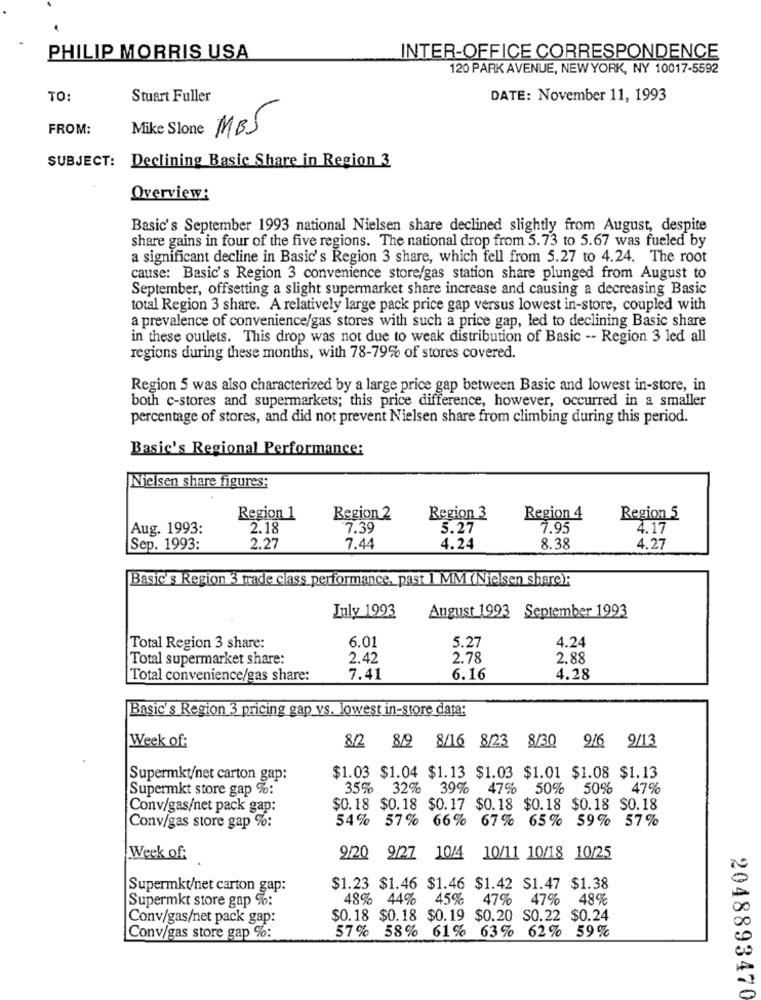
PHILIP MORRIS USA
INTER-OFFICE CORRESPONDENCE
120 PARK AVENUE, NEW YORK, NY 10017-5592
TO
Stuart Fuller
DATE: November 11, 1993
FROM:
Mike Slone MBS
SUBJECT: Declining Basic Share in Region 3
Overview:
Basic's September 1993 national Nielsen share declined slightly from August, despite
share gains in four of the five regions. The national drop from 5.73 to 5.67 was fueled by
a significant decline in Basic's Region 3 share, which fell from 5.27 to 4.24. The root
cause: Basic's Region 3 convenience store/gas station share plunged from August to
September, offsetting a slight supermarket share increase and causing a decreasing Basic
total Region 3 share. A relatively large pack price gap versus lowest in-store, coupled with
a prevalence of convenience/gas stores with such a price gap, led to declining Basic share
in these outlets. This drop was not due to weak distribution of Basic -- Region 3 led all
regions during these months, with 78-79% of stores covered.
Region 5 was also characterized by a large price gap between Basic and lowest in-store, in
both c-stores and supermarkets; this price difference, however, occurred in a smaller
percentage of stores, and did not prevent Nielsen share from climbing during this period.
Basic's Regional Performance:
Nielsen share figures:
Region 1
Region 2
Region 3
Region 4
Region 5
Aug. 1993:
2.18
7.39
5.27
7.95
4.17
Sep. 1993:
2.27
7.44
4.24
8.38
4.27
Basic's Region 3 trade class performance, past 1 MM (Nielsen share):
Inly 1993
August 1993
September 1993
6.01
4.24
Total Region 3 share:
5.27
Total supermarket share:
2.42
2.78
2.88
Total convenience/gas share:
7.41
6.16
4.28
Basic's Region 3 pricing gap vs. lowest in-store data:
8/2 8/9 8/16 8/23
8/30
916
9/13
Week of:
Supermkt/net carton gap:
$1.03 $1.04 $1.13 $1.03 $1.01 $1.08 $1.13
Supermkt store gap %:
35%
32%
39% 47% 50% 50% 47%%
Conv/gas/net pack gap:
$0.18 $0.18 $0.17 $0.18 $0.18 $0.18 $0.18
54% 57% 66% 67% 65% 59% 57%
Conv/gas store gap %:
Week of:
9/20 9/27 10/4 10/11 10/18 10/25
Supermkt/net carton gap:
$1.23 $1.46 $1.46 $1.42 $1.47 $1.38
Supermkt store gap %:
48% 44%
45%
47% 47%
48%
Conv/gas/net pack gap:
$0.18 $0.18 $0.19 $0.20 S0.22 $0.24
Conv/gas store gap %:
57% 58% 61 % 63% 62% 59%
2048893470